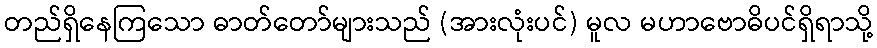
တည်ရှိနေကြသော ဓာတ်တော်များသည် (အားလုံးပင်) မူလ မဟာဗောဓိပင်ရှိရာသို့